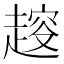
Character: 𧼭